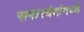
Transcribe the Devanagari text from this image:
सफरचंदांमध्ये